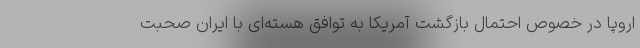
اروپا در خصوص احتمال بازگشت آمریکا به توافق هسته‌ای با ایران صحبت